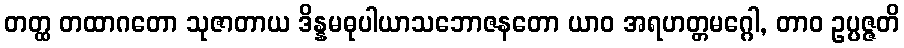
တတ္ထ တထာဂတော သုဇာတာယ ဒိန္နမဓုပါယာသဘောဇနတော ယာဝ အရဟတ္တမဂ္ဂေါ, တာဝ ဥပ္ပဇ္ဇတိ